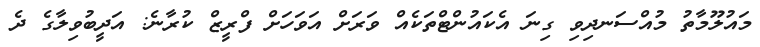
މައުލޫމާތު މުއްސަނދިވި ގިނަ އެކައުންޓްތަކެއް ވަރަށް އަވަހަށް ފްރީޒް ކުރާނެ: އަދީބުވިލާގެ ދެ